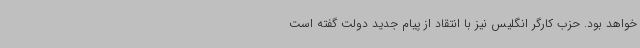
خواهد بود. حزب کارگر انگلیس نیز با انتقاد از پیام جدید دولت گفته است